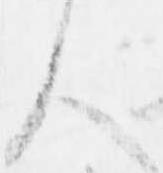
人